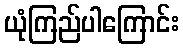
ယုံကြည်ပါကြောင်း